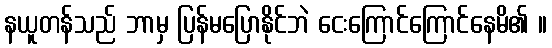
နယူတန်သည် ဘာမှ ပြန်မပြောနိုင်ဘဲ ငေးကြောင်ကြောင်နေမိ၏ ။